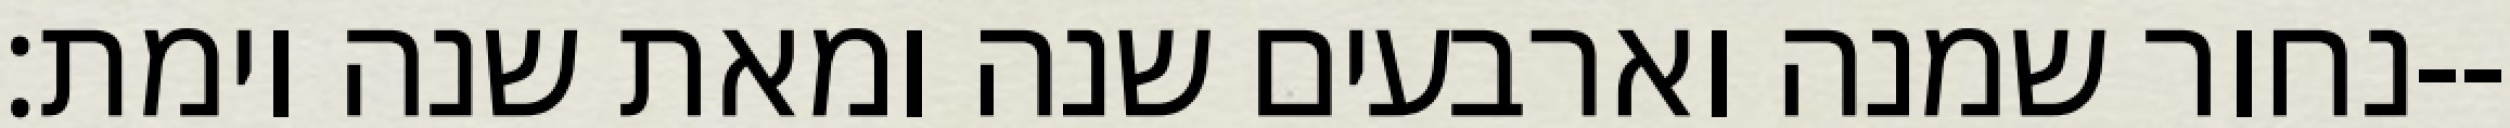
נחור שמנה וארבעים שנה ומאת שנה וימת׃--